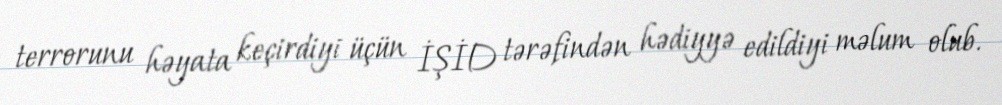
terrorunu həyata keçirdiyi üçün İŞİD tərəfindən hədiyyə edildiyi məlum olub.